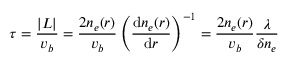
\tau = \frac { | L | } { v _ { b } } = \frac { 2 n _ { e } ( r ) } { v _ { b } } \left( \frac { \mathrm { d } n _ { e } ( r ) } { \mathrm { d } r } \right) ^ { - 1 } = \frac { 2 n _ { e } ( r ) } { v _ { b } } \frac { \lambda } { \delta n _ { e } }